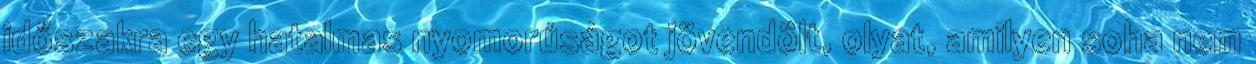
időszakra egy hatalmas nyomorúságot jövendölt, olyat, amilyen soha nem